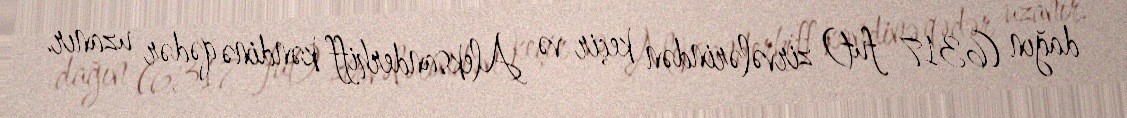
dağın (6317 fut) zirvələrindən keçir və Aleksanderhiff kəndinə qədər uzanır.